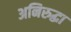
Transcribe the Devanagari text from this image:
अनिरुद्धा